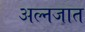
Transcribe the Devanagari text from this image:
अल्नजात